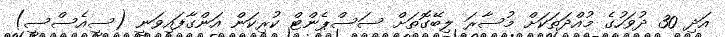
އަދި 30 ދުވަހުގެ މުއްދަތަކަށް މުސާރަ ލިބޭގޮތަށް ސަސްޕެންޓް ކުރިކަން އަންގާފައިވަނީ (ސީއެސްސީ)